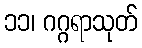
၁၁၊ ဂဂ္ဂရာသုတ်